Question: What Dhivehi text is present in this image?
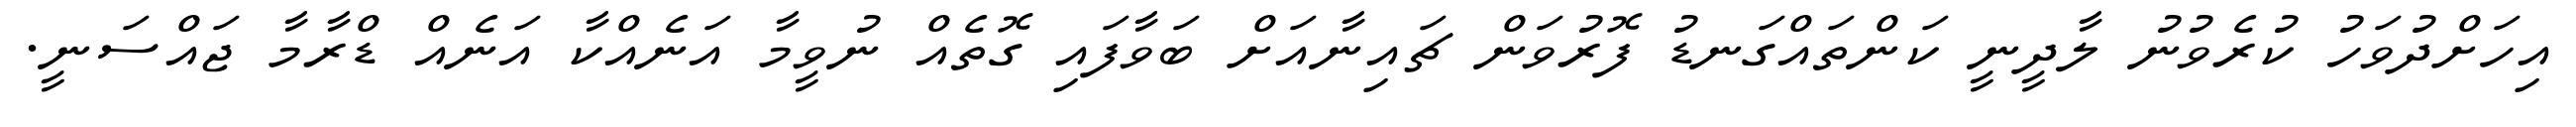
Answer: އިހަށްދުވަހު ކުރެވުނު ލާދީނީ ކަންތައްގަނޑު ފޮރުވަން ޗައިނާއަށް ބަވާފައި ގޮތެއް ނުވީމާ އަނެއްކާ އަނެއް ޑްރާމާ ޖައްސަނީ.